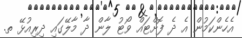
އެހެންކަމުން އެ ދެ ފޮށްޓައް ވޯޓު ލާން ދާ މާލޭގައި ދިރިއުޅޭ ތ.